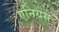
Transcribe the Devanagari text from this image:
एनियस